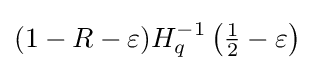
(1-R-\varepsilon )H_{q}^{-1}\left({\tfrac {1}{2}}-\varepsilon \right)